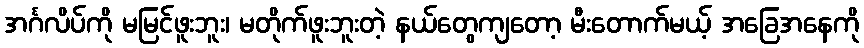
အင်္ဂလိပ်ကို မမြင်ဖူးဘူး၊ မတိုက်ဖူးဘူးတဲ့ နယ်တွေကျတော့ မီးတောက်မယ့် အခြေအနေကို